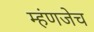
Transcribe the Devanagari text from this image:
म्हंणजेच